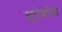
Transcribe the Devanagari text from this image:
सुरोबॉयो